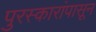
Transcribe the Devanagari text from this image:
पुरस्कारांपासून